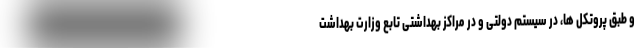
و طبق پروتکل ها، در سیستم دولتی و در مراکز بهداشتی تابع وزارت بهداشت